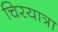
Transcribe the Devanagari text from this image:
चिरयात्रा